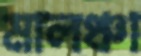
মালঞ্চা